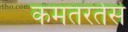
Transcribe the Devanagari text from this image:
कमतरतेस